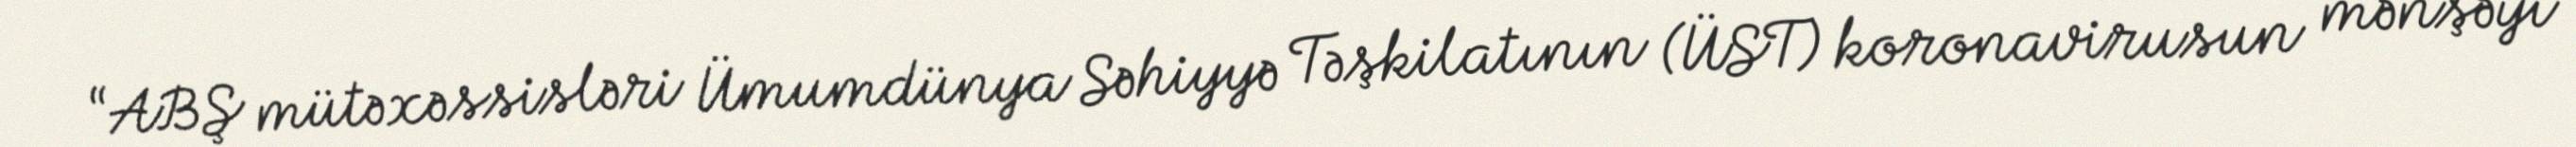
“ABŞ mütəxəssisləri Ümumdünya Səhiyyə Təşkilatının (ÜST) koronavirusun mənşəyi